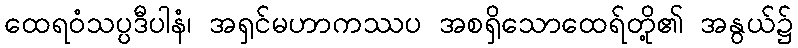
ထေရဝံသပ္ပဒီပါနံ၊ အရှင်မဟာကဿပ အစရှိသောထေရ်တို့၏ အနွယ်၌